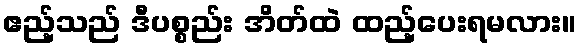
ဧည့်သည် ဒီပစ္စည်း အိတ်ထဲ ထည့်ပေးရမလား။